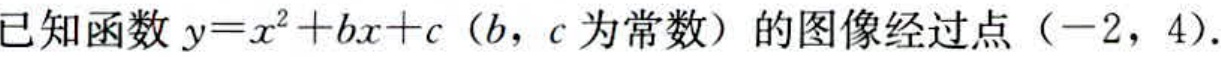
已知函数\(y = x^{2}+bx + c\)（\(b\)，\(c\)为常数）的图像经过点（\(-2\)，\(4\)）.